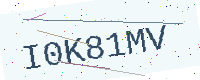
Text: I0K81MV